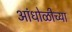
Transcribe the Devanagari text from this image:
आंधोळीच्या